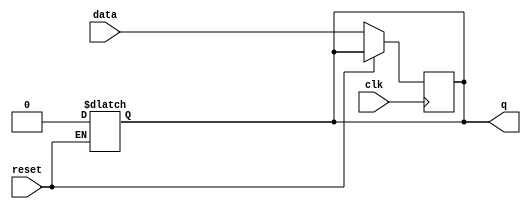
module async_reset_flip_flop (
    input wire reset,          // Asynchronous reset (active high)
    input wire clk,           // Clock signal
    input wire data,          // Data input signal
    output reg q              // Output stored state
);

// Asynchronous reset behavior
always @* begin
    if (reset) begin
        q = 1'b0;             // Reset the output/state immediately
    end
end

// Synchronous behavior on the rising edge of the clock
always @(posedge clk) begin
    if (!reset) begin
        q <= data;           // Update output/state with data on clock edge
    end
end

endmodule